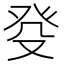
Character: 癹